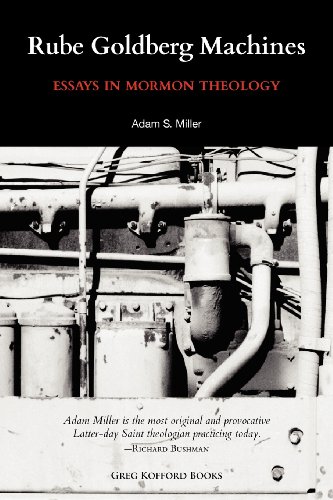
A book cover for Rube Goldberg Machines: Essays in Mormon Theology; Adam Miller; Religion & Spirituality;